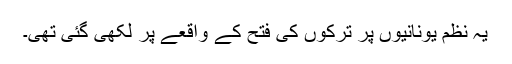
یہ نظم یونانیوں پر ترکوں کی فتح کے واقعے پر لکھی گئی تھی۔